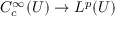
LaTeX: C _ { c } ^ { \infty } ( U ) \to L ^ { p } ( U )